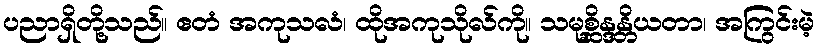
ပညာရှိတို့သည်။ ဧတံ အကုသလံ၊ ထိုအကုသိုလ်ကို။ သမုစ္ဆိန္ဒန္တိယတာ၊ အကြွင်းမဲ့